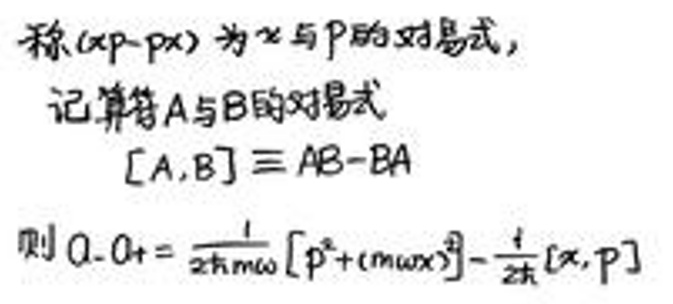
称\((xp - px)\)为\(x\)与\(p\)的对易式，

记算符\(A\)与\(B\)的对易式

\([A,B]\equiv AB - BA\)

则\(Q - Q_0=\frac{1}{2\hbar m\omega}\left[p^2+(m\omega x)^3\right]-\frac{1}{2\hbar}[x,p]\)